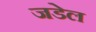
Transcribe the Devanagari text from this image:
जडेल